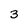
Character: 3